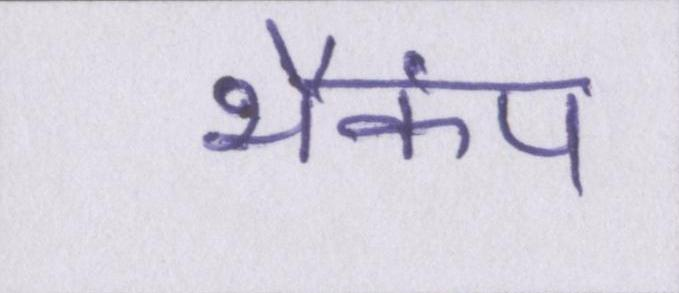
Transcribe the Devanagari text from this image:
भैकंप